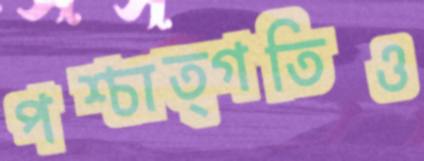
পশ্চাত্গতিও